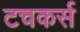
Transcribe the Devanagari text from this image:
टचकर्स